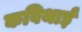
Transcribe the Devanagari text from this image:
कविथाई